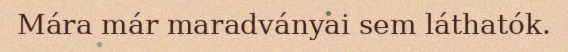
Mára már maradványai sem láthatók.